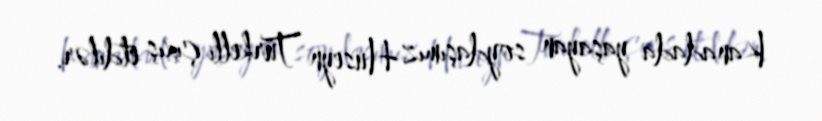
Kanadada yaşayan soydaşımız Hüseyn Türkelli çıxış etdilər.